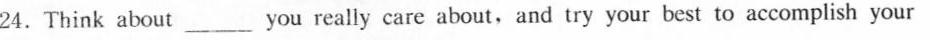
24. Think about___you really care about, and try your best to accomplish your